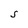
Character: S